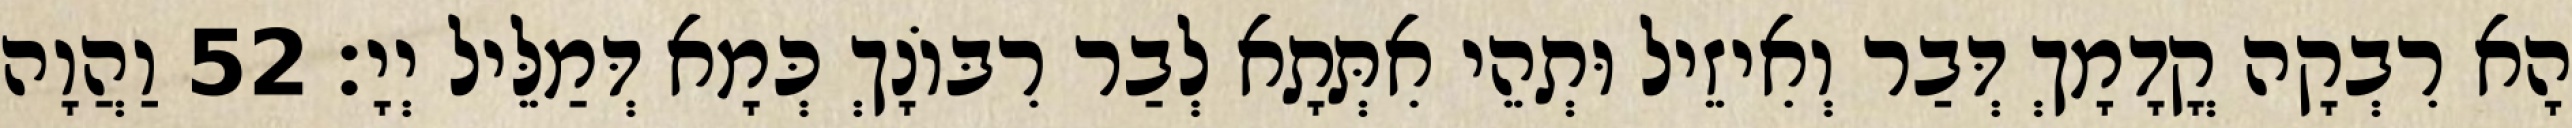
הָא רִבְקָה קֳדָמָךְ דְּבַר וְאִיזֵיל וּתְהֵי אִתְּתָא לְבַר רִבּוֹנָךְ כְּמָא דְּמַלֵּיל יְיָ׃ 52 וַהֲוָה